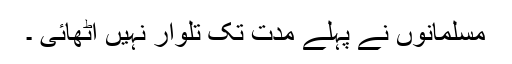
مسلمانوں نے پہلے مدت تک تلوار نہیں اُٹھائی ۔